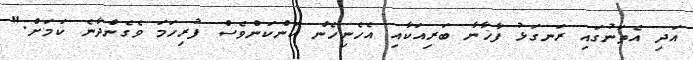
އަދި އެތަނުގައި ރަނގަޅު ފާޚާނާ ބަރިއަކާއި އެހެނިހެން ކަންކަންވެސް ފުރިހަމަ ވެގެންދާނެ ކަމަށް."